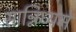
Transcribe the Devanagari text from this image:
सान्निध्‍यमें